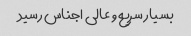
بسیار سریع و عالی اجناس رسید